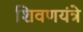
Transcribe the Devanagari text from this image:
शिवणयंत्रे